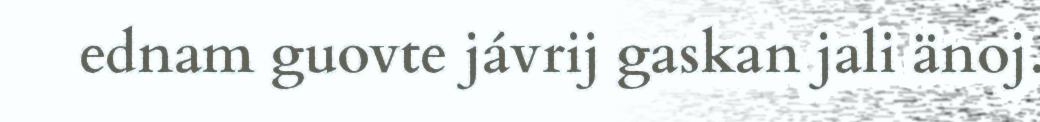
ednam guovte jávrij gaskan jali änoj.